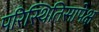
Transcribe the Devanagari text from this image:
परिस्थितिसापेक्ष